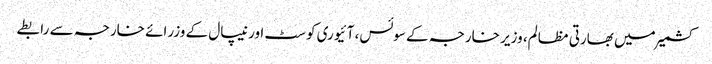
کشمیر میں بھارتی مظالم، وزیر خارجہ کے سوئس، آئیوری کوسٹ اور نیپال کے وزرائے خارجہ سے رابطے